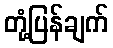
တုံ့ပြန်ချက်